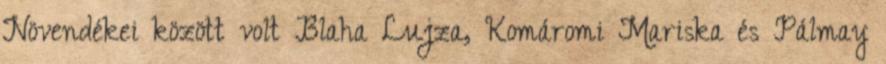
Növendékei között volt Blaha Lujza, Komáromi Mariska és Pálmay